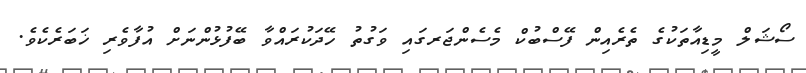
ސޯޝަލް މީޑިއާތަކުގެ ތެރެއިން ފޭސްބުކް މެސެންޖަރގައި ވަގުތު ހޭދަކުރައްވާ ބޭފުޅުންނަށް އުފާވެރި ޚަބަރެކެވެ.